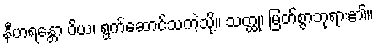
နီဟရန္တော ဝိယ၊ ရွက်ဆောင်သကဲ့သို့။ သတ္ထု၊ မြတ်စွာဘုရား၏။